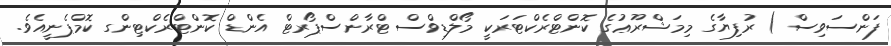
ފަންސަވިސް ) ރުފިޔާގެ މިމަޝްރޫޢުގެ ކޮންޓްރެކްޓަރަކީ މޯލްޑިވްސް ޓްރާންސްޕޯރޓް އެންޑް ކޮންޓްރެކްޓިންގ ކޮމްޕެނީއެވެ.